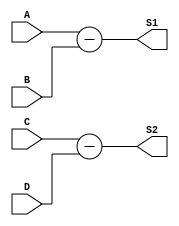
// Ch07 sub4.v
// |LPkB

module sub4 (A, B, C, D, S1, S2);
input  [3:0] A, B;		// A, B |LJ
output [4:0] S1;		// S1   LX
input  signed [3:0] C, D;	// C, D |J
output signed [4:0] S2;		// S2   X

// kBl
assign S1 = A - B;
assign S2 = C - D;

endmodule